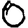
Digit: 0